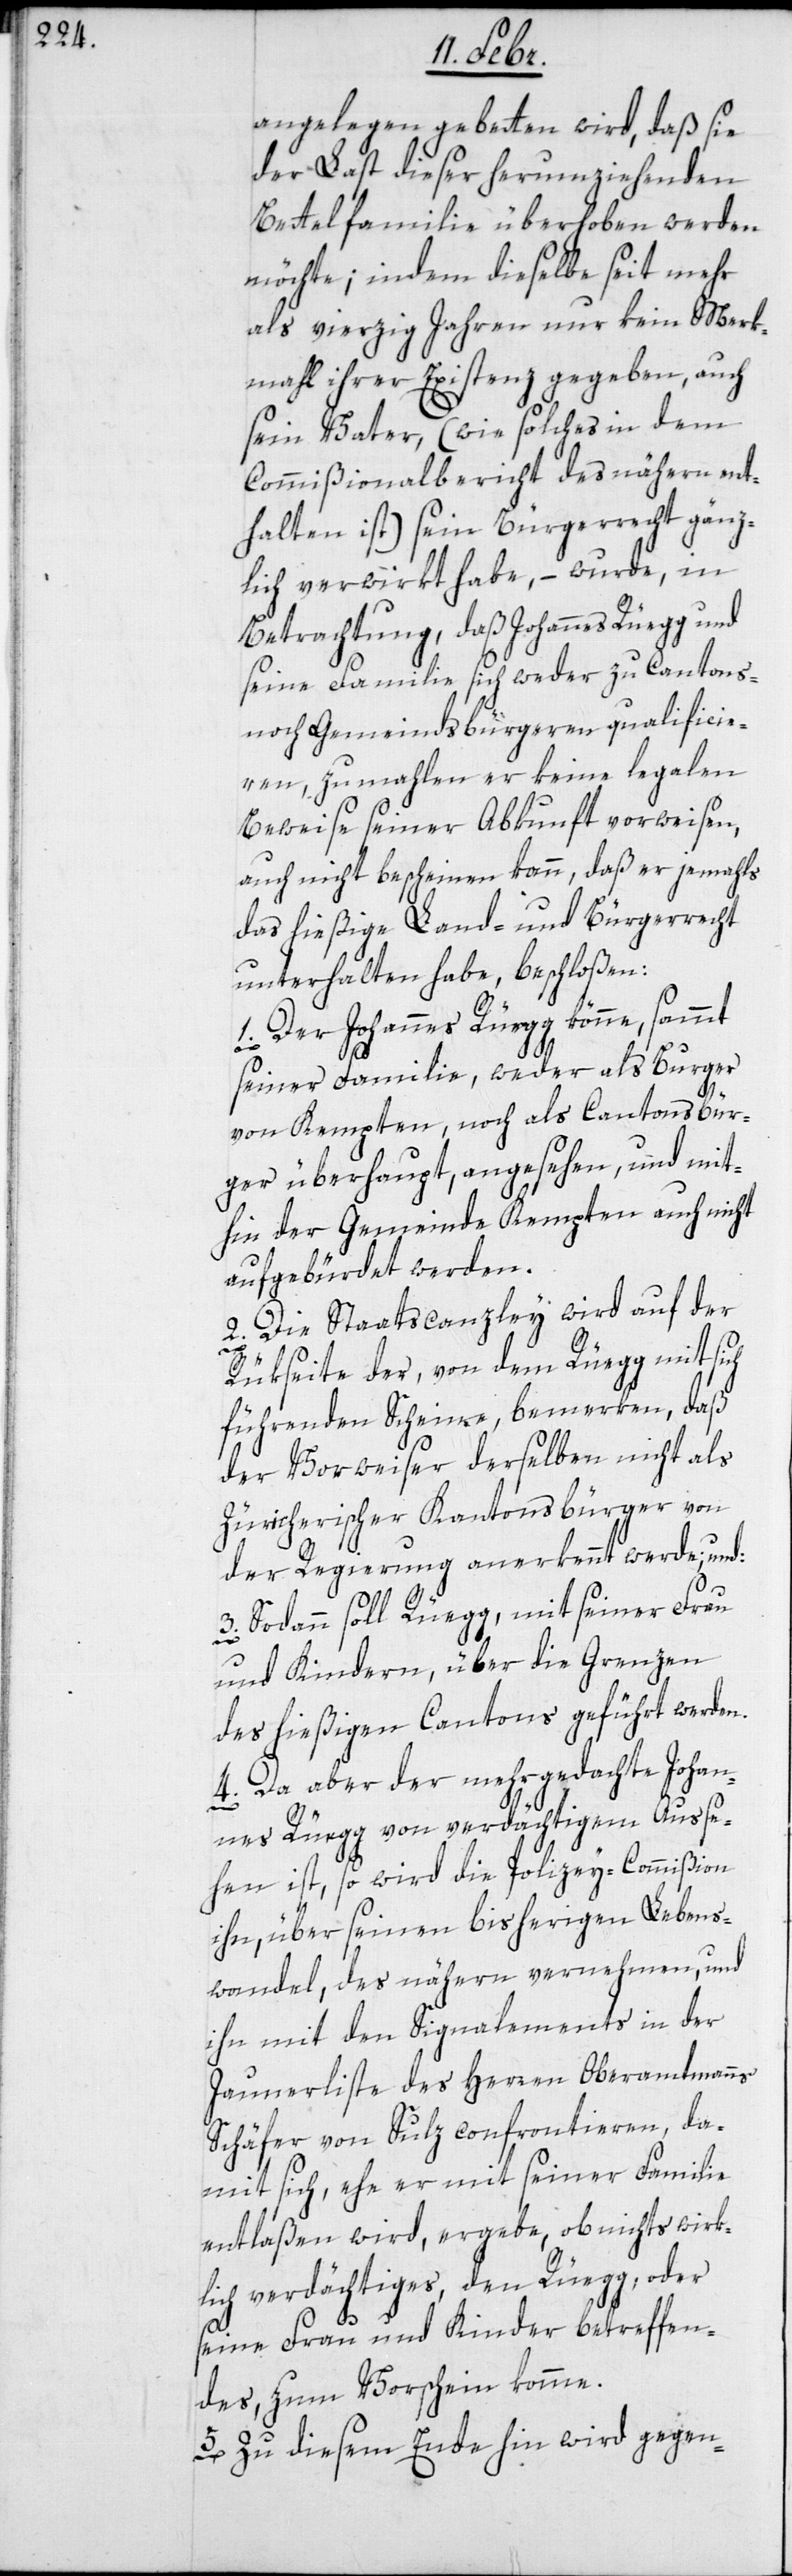
angelegen gebetten wird, daß sie
der Last dieser herumziehenden
Bettelfamilie überhoben werden
möchte; indem dieselbe seit mehr
als vierzig Jahren nur kein Merk¬
mahl ihrer Existenz gegeben, auch
sein Vater (wie solches in dem
Commißionalbericht des nähern ent¬
halten ist) sein Bürgerrecht gänz¬
lich verwirkt habe, – wurde, in
Betrachtung, daß Johannes Rüegg und
seine Familie sich weder zu Cantons-
noch Gemeindsbürgeren qualificie¬
ren, zu mahlen er keine legalen
Beweise seiner Abkunft vorweisen,
auch nicht bescheinen kann, daß er jemahls
das hießige Land- und Bürgerrecht
unterhalten habe, beschloßen:
1. Der Johannes Rüegg könne, sammt
seiner Familie, weder als Burger
von Kempten noch als Cantonsbür¬
ger überhaupt, angesehen, und mit¬
hin der Gemeinde Kempten auch nicht
aufgebürdet werden.
2. Die Staatscanzley wird auf der
Rükseite der, von dem Rüegg mit sich
führenden Scheine, bemerken, daß
der Vorweiser derselben nicht als
Zürcherischer Kantonsbürger von
der Regierung anerkennt werde; und:
3. Sodann soll Rüegg, mit seiner Frau
und Kindern, über die Grenzen
des hießigen Cantons geführt werden.
4. Da aber der mehrgedachte Johan¬
nes Rüegg von verdächtigem Ausse¬
hen ist, so wird die Polizey-Commißion
ihn, über seinen bisherigen Lebens¬
wandel des näheren vernehmen, und
ihn mit den Signalements in der
Jaunerliste des Herren Oberamtmanns
Schäfer von Sulz confrontieren, da¬
mit sich, ehe er mit seiner Familie
entlaßen wird, ergebe, ob nichts wirk¬
lich verdächtiges, den Rüegg, oder
seine Frau und Kinder betreffen¬
des, zum Vorschein komme.
5. Zu diesem Ende hin wird gegen-